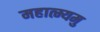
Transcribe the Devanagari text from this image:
महात्म्यमु